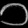
Digit: ၁